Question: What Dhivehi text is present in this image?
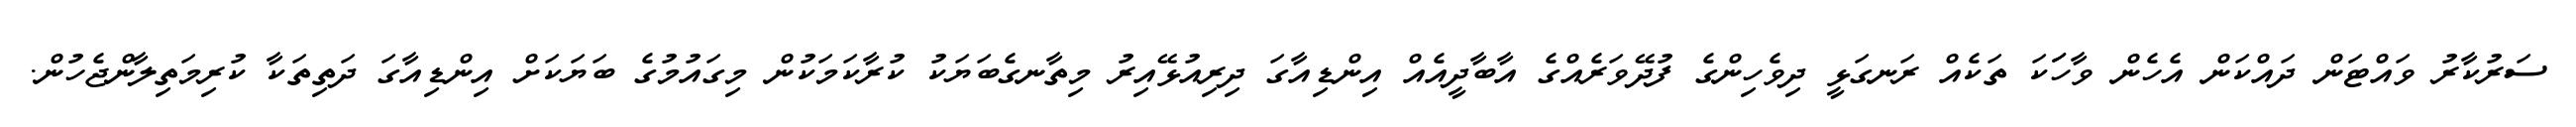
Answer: ސަރުކާރު ވައްޓަން ދައްކަން އެހެން ވާހަަކަ ތަކެއް ރަނގަޅީ ދިވެހިންގެ ފުދޭވަރެއްގެ އާބާދީއެއް އިންޑިއާގަ ދިރިއުޅޭއިރު މިތާނގެބަޔަކު ކުރާކަމަކުން މިގައުމުގެ ބަޔަކަށް އިންޑިއާގަ ދަތިތަކާ ކުރިމަތިލާންޖެހުން.